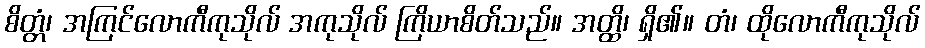
စိတ္တံ၊ အကြင်လောကီကုသိုလ် အကုသိုလ် ကြိယာစိတ်သည်။ အတ္ထိ၊ ရှိ၏။ တံ၊ ထိုလောကီကုသိုလ်